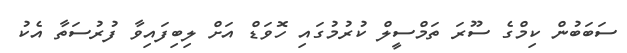
ސަބަބުން ކިމްގެ ސޫރަ ތަމްސީލް ކުރުމުގައި ހޮވަޑް އަށް ލިބިފައިވާ ފުރުސަތާ އެކު